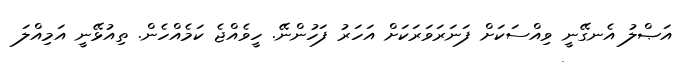
އަޞްލު އެނގޭނީ ވިއްސަކަށް ފަނަރަވަރަކަށް އަހަރު ފަހުންނޭ. ހީވެއްޖެ ކަމެއްހެން. ތިއުޅޭނީ އަމިއްލަ